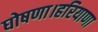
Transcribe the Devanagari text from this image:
घोषणा।हरियाणा